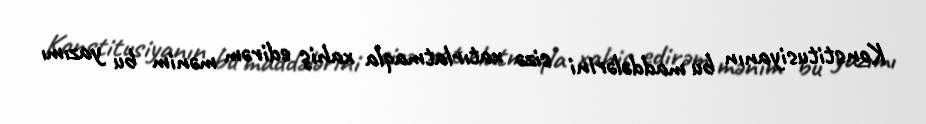
Konstitusiyanın bu maddələrini sizə xatırlatmaqla xahiş edirəm mənim bu yazımı